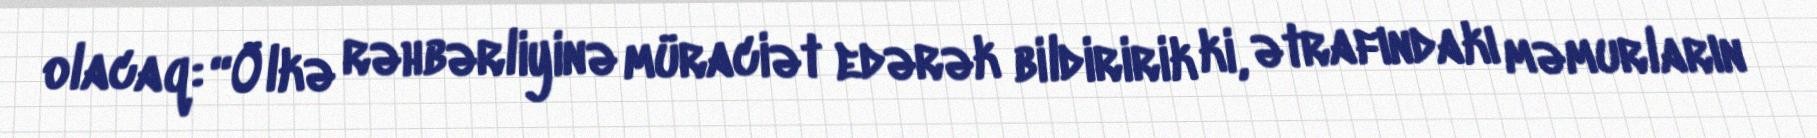
olacaq: “Ölkə rəhbərliyinə müraciət edərək bildiririk ki, ətrafındakı məmurların